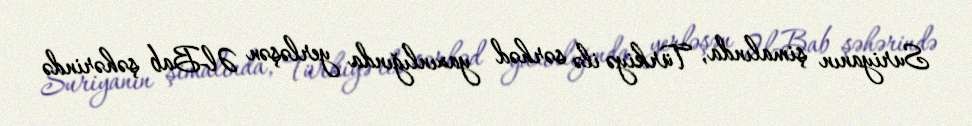
Suriyanın şimalında, Türkiyə ilə sərhəd yaxınlığında yerləşən Əl-Bab şəhərində